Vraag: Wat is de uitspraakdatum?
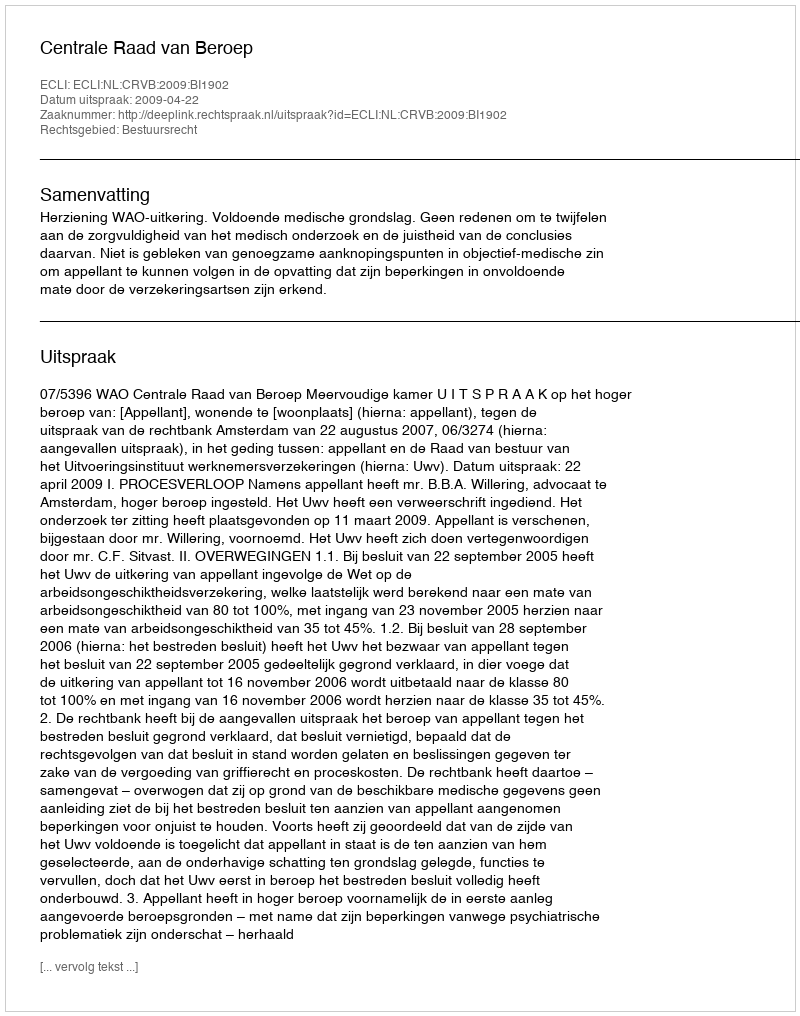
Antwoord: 2009-04-22